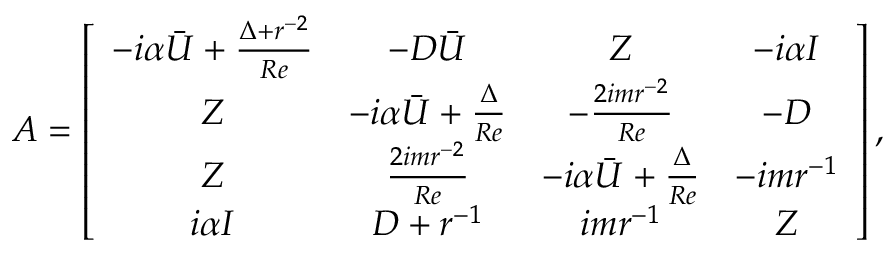
\boldsymbol { A } = \left[ \begin{array} { c c c c } { - i \alpha \boldsymbol { \bar { U } } + \frac { \boldsymbol { \Delta } + \boldsymbol { r } ^ { - 2 } } { R e } } & { - \boldsymbol { D } \boldsymbol { \bar { U } } } & { \boldsymbol { Z } } & { - i \alpha \boldsymbol { I } } \\ { \boldsymbol { Z } } & { - i \alpha \boldsymbol { \bar { U } } + \frac { \boldsymbol { \Delta } } { R e } } & { - \frac { 2 i m \boldsymbol { r } ^ { - 2 } } { R e } } & { - \boldsymbol { D } } \\ { \boldsymbol { Z } } & { \frac { 2 i m \boldsymbol { r } ^ { - 2 } } { R e } } & { - i \alpha \boldsymbol { \bar { U } } + \frac { \boldsymbol { \Delta } } { R e } } & { - i m \boldsymbol { r } ^ { - 1 } } \\ { i \alpha \boldsymbol { I } } & { \boldsymbol { D } + \boldsymbol { r } ^ { - 1 } } & { i m \boldsymbol { r } ^ { - 1 } } & { \boldsymbol { Z } } \end{array} \right] \mathrm { , }